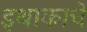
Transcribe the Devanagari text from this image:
इथाकाचे